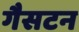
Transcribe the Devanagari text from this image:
गैसटन